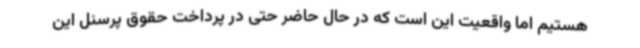
هستیم اما واقعیت این است که در حال حاضر حتی در پرداخت حقوق پرسنل این